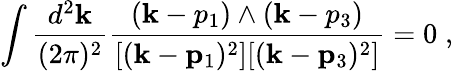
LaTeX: \int\frac{d^{2}{\mathbf k}}{(2\pi)^{2}}\frac{({\mathbf k-p_{1}})\wedge({\mathbf k-p_{3}})}{[({\mathbf k}-{\mathbf p}_{1})^{2}][({\mathbf k}-{\mathbf p}_{3})^{2}]}=0\; ,